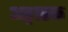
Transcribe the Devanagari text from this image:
अङ्गारक